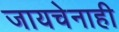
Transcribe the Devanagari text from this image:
जायचेनाही